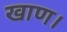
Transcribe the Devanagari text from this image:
खाण।